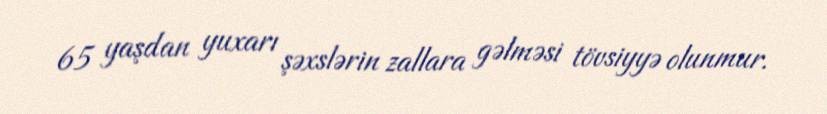
65 yaşdan yuxarı şəxslərin zallara gəlməsi tövsiyyə olunmur.